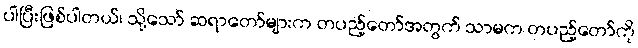
ပါပြီးဖြစ်ပါတယ်၊ သို့သော် ဆရာတော်များက တပည့်တော်အတွက် သာမက တပည့်တော်ကို